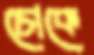
চোকে